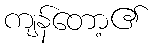
ကျန်တော့၏